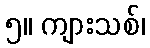
၅။ ကျားသစ်၊